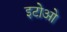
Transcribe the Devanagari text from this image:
इटोओ